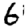
Digit: 6